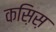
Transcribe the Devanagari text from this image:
कस़िस़